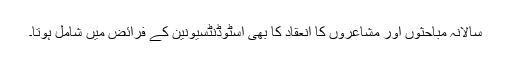
سالانہ مباحثوں اور مشاعروں کا انعقاد کا بھی اسٹوڈنٹسیونین کے فرائض میں شامل ہوتا۔